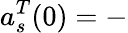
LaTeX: a_{s}^{T}(0)=-